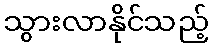
သွားလာနိုင်သည့်